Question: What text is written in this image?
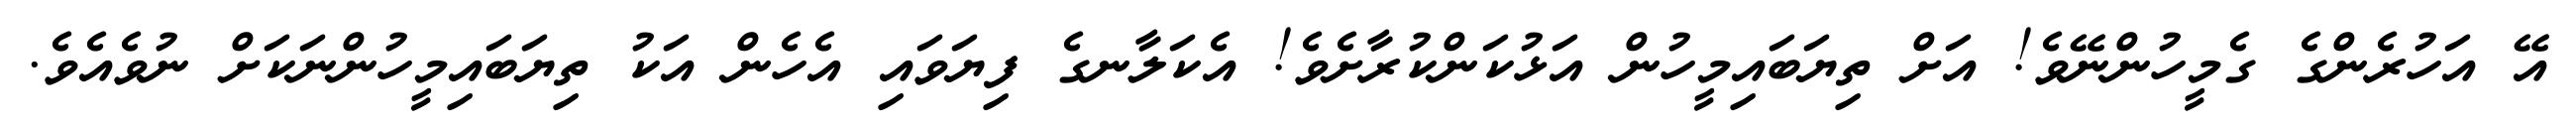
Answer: އޭ އަހުރެންގެ ގެމީހުންނޭވެ! އަށް ތިޔަބައިމީހުން އަޅުކަންކުރާށެވެ! އެކަލާނގެ ފިޔަވައި އެހެން އަކު ތިޔަބައިމީހުންނަކަށް ނުވެއެވެ.